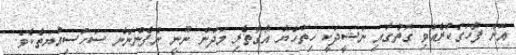
އޭނާ ފާހަގަކުރެއްވި ގޮތުގައި ނަޝީދަކީ ހިތްހެޔޮ އޯގާތެރި މަދުން ނޫނީ ނުފެންނާނެ ސަހުސިއްޔަތެކެވެ.